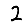
Digit: 2